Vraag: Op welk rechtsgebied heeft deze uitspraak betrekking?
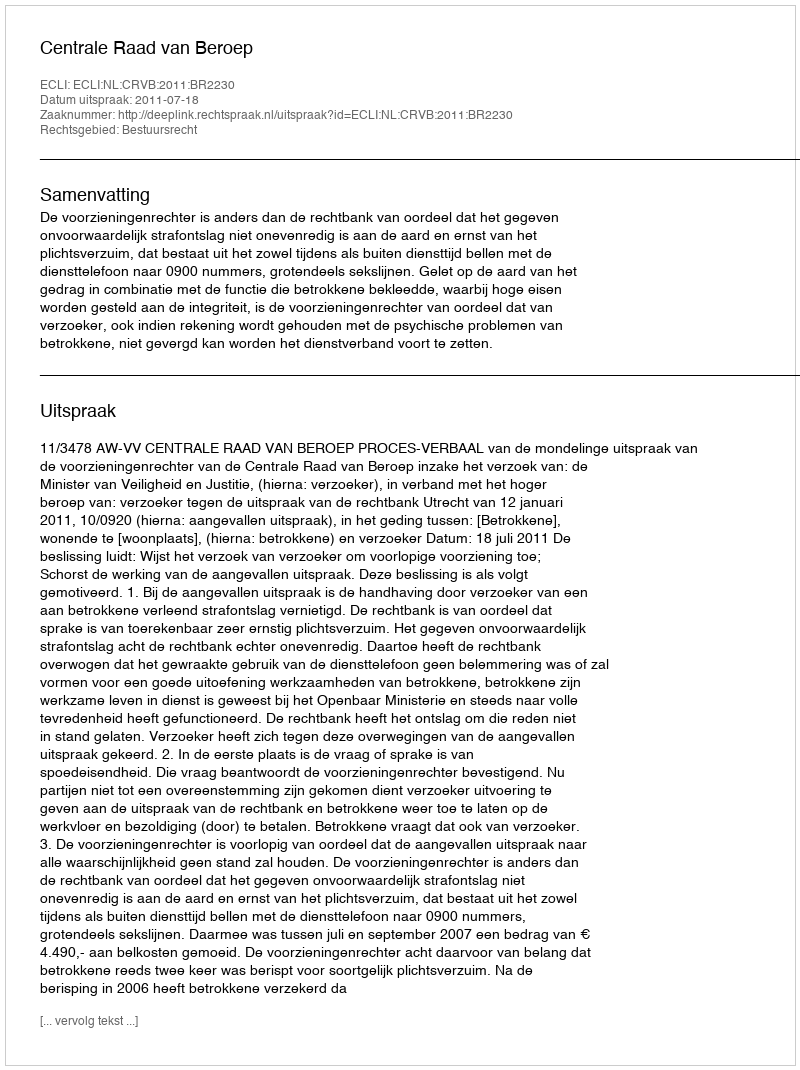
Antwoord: Bestuursrecht